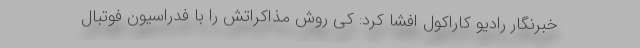
خبرنگار رادیو کاراکول افشا کرد: کی روش مذاکراتش را با فدراسیون فوتبال